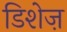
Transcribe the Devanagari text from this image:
डिशेज़